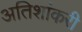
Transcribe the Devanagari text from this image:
अतिशांकरी